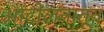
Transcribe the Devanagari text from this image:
आंदोलनातून